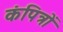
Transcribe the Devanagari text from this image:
कंपित्रों